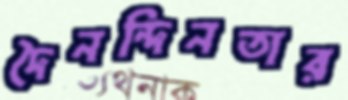
দৈনন্দিনতার